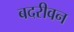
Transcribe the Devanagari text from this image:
बदरीवन